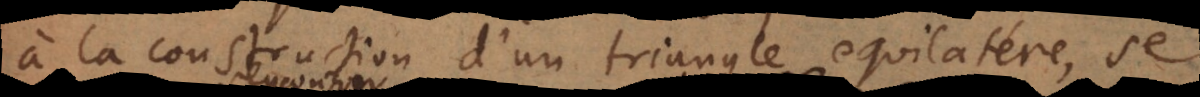
à la construction d’un triangle equilatère, se